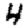
Digit: 4